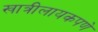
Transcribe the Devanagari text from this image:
खात्रीलायकपणे